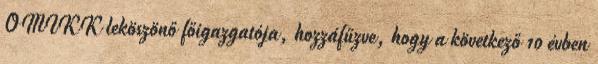
OMIKK leköszönő főigazgatója, hozzáfűzve, hogy a következő 10 évben